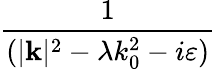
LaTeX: \frac{1}{(|\mathbf{k}|^{2}-\lambda k_{0}^{2}-i\varepsilon)}